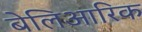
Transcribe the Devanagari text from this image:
बेलिआरिक